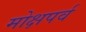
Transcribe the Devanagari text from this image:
मोक्षपर्व